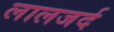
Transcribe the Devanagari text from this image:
लालजर्द